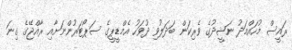
ރައީސް މުހައްމަދު ނަޝީދުގެ ވެރިކަން ބަދަލުވި ދުވަހު އެމްޑީޕީގެ ސަޕޯޓަރުންނަށާއި ރާއްޖޭގެ ގިނަ